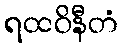
ရထဝိနီတံ